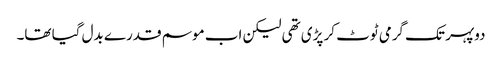
دوپہر تک گرمی ٹوٹ کر پڑی تھی لیکن اب موسم قدرے بدل گیا تھا۔